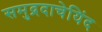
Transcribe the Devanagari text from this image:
समुद्रदाचेयिंद